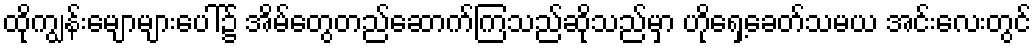
ထိုကျွန်းမျောများပေါ်၌ အိမ်တွေတည်ဆောက်ကြသည်ဆိုသည်မှာ ဟိုရှေ့ခေတ်သမယ အင်းလေးတွင်